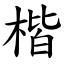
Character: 楷